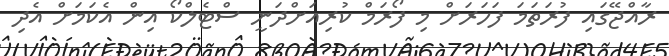
ރާއްޖޭގައި ފުރަތަމަ ފަހަރަށް މި ފޯރަމް ކުރިއަށްދަނީ ސްޓެލްކޯ އިން އެކަމަށް އެދި